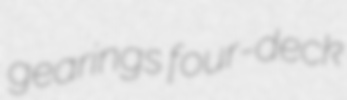
gearings four-deck